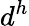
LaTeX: d^{h}